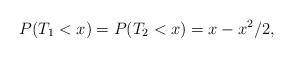
LaTeX: \begin{align*}P(T_1<x)=P(T_2<x)=x-x^2/2,\end{align*}